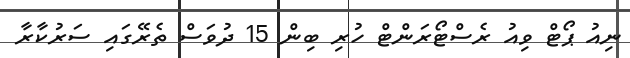
ނިއު ޕޯޓް ވިއު ރެސްޓޯރަންޓް ހުރި ބިން 15 ދުވަސް ތެރޭގައި ސަރުކާރާ